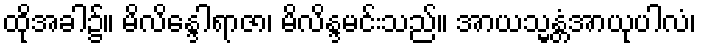
ထိုအခါ၌။ မိလိန္ဒေါရာဇာ၊ မိလိန္ဒမင်းသည်။ အာယသ္မန္တံအာယုပါလံ၊